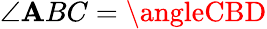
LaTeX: \angle\mathbf{A}BC=\angleCBD